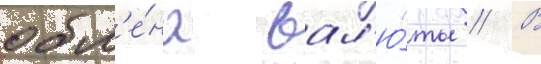
обм'е́на вал'ю́ты // В